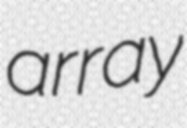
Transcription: array